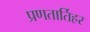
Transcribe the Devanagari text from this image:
प्रणतार्तिहर